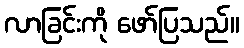
လာခြင်းကို ဖော်ပြသည်။